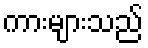
ကားများသည်